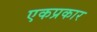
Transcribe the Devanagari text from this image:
एकप्रकार